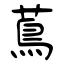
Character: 蔦